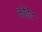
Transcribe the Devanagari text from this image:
कोर्डेड